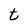
Character: t